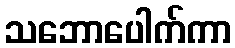
သဘောပေါက်ကာ